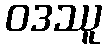
ဝဒဿူ